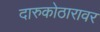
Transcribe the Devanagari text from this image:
दारुकोठारावर